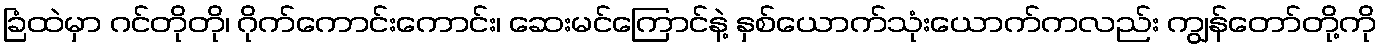
ခြံထဲမှာ ဂင်တိုတို၊ ဂိုက်ကောင်းကောင်း၊ ဆေးမင်ကြောင်နဲ့ နှစ်ယောက်သုံးယောက်ကလည်း ကျွန်တော်တို့ကို